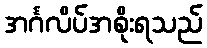
အင်္ဂလိပ်အစိုးရသည်